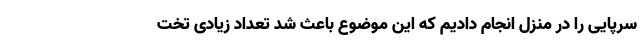
سرپایی را در منزل انجام دادیم که این موضوع باعث شد تعداد زیادی تخت